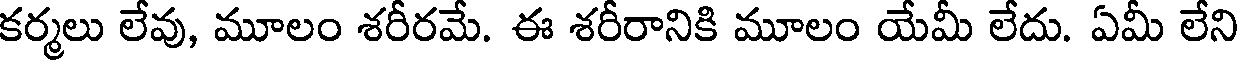
కర్మలు లేవు, మూలం శరీరమే. ఈ శరీరానికి మూలం యేమీ లేదు. ఏమీ లేని